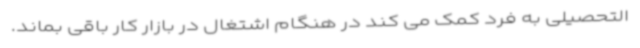
التحصیلی به فرد کمک می کند در هنگام اشتغال در بازار کار باقی بماند.